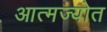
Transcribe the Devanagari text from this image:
आत्मज्योत